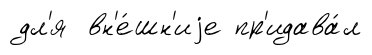
дл'я вн'е́шн'иjе пр'идава́л